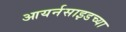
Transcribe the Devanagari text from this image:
आयर्नसाइडच्या